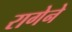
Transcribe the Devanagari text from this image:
रागेने